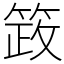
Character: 䈣